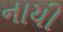
નાયી